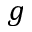
g